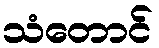
သံတောင်